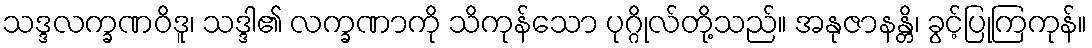
သဒ္ဒလက္ခဏဝိဒူ၊ သဒ္ဒါ၏ လက္ခဏာကို သိကုန်သော ပုဂ္ဂိုလ်တို့သည်။ အနုဇာနန္တိ၊ ခွင့်ပြုကြကုန်။